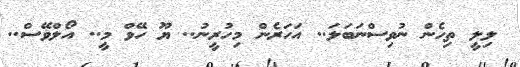
ލިލީ ތިހެން ނުވިސްނަބަލަ.. އަހަރެން މިހުރީނު.. ޔޫ ހޭވް މީ.. އޯލްވޭސް..